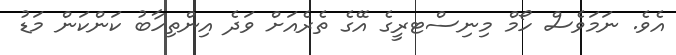
އެވެ. ނަމަވެސް ހޯމް މިނިސްޓރީގެ އޭގެ ތެރެއަށް ވަދެ އިންތިހާބު ކަންކަން މަޑު